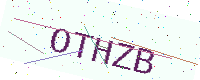
Text: OTHZB